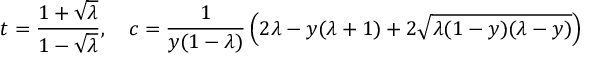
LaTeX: t = \frac { 1 + \sqrt { \lambda } } { 1 - \sqrt { \lambda } } , \ \ \ c = \frac { 1 } { y ( 1 - \lambda ) } \left( 2 \lambda - y ( \lambda + 1 ) + 2 \sqrt { \lambda ( 1 - y ) ( \lambda - y ) } \right)